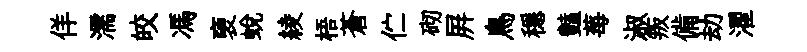
佯濡皎馮褏蛻綾梧蒼伫砌屛鳥穩豔莓淑叛備劫濯